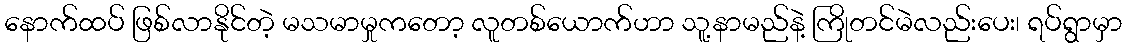
နောက်ထပ် ဖြစ်လာနိုင်တဲ့ မသမာမှုကတော့ လူတစ်ယောက်ဟာ သူ့နာမည်နဲ့ ကြိုတင်မဲလည်းပေး၊ ရပ်ရွာမှာ